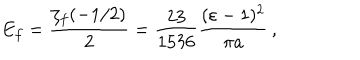
LaTeX: E _ { f } = \frac { \zeta _ { f } ( - 1 / 2 ) } { 2 } = \frac { 2 3 } { 1 5 3 6 } \frac { ( \varepsilon - 1 ) ^ { 2 } } { \pi a } \, ,